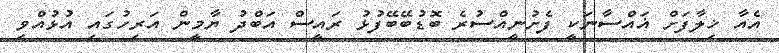
އެއާ ޚިލާފަށް ޣައްސާނަކީ ފެށުނީއްސުރެ ބޮޑުބޭބޭފުޅު ރައީސް އަބްދު ޔާމީން އަރިހުގައި އުޅުއްވި